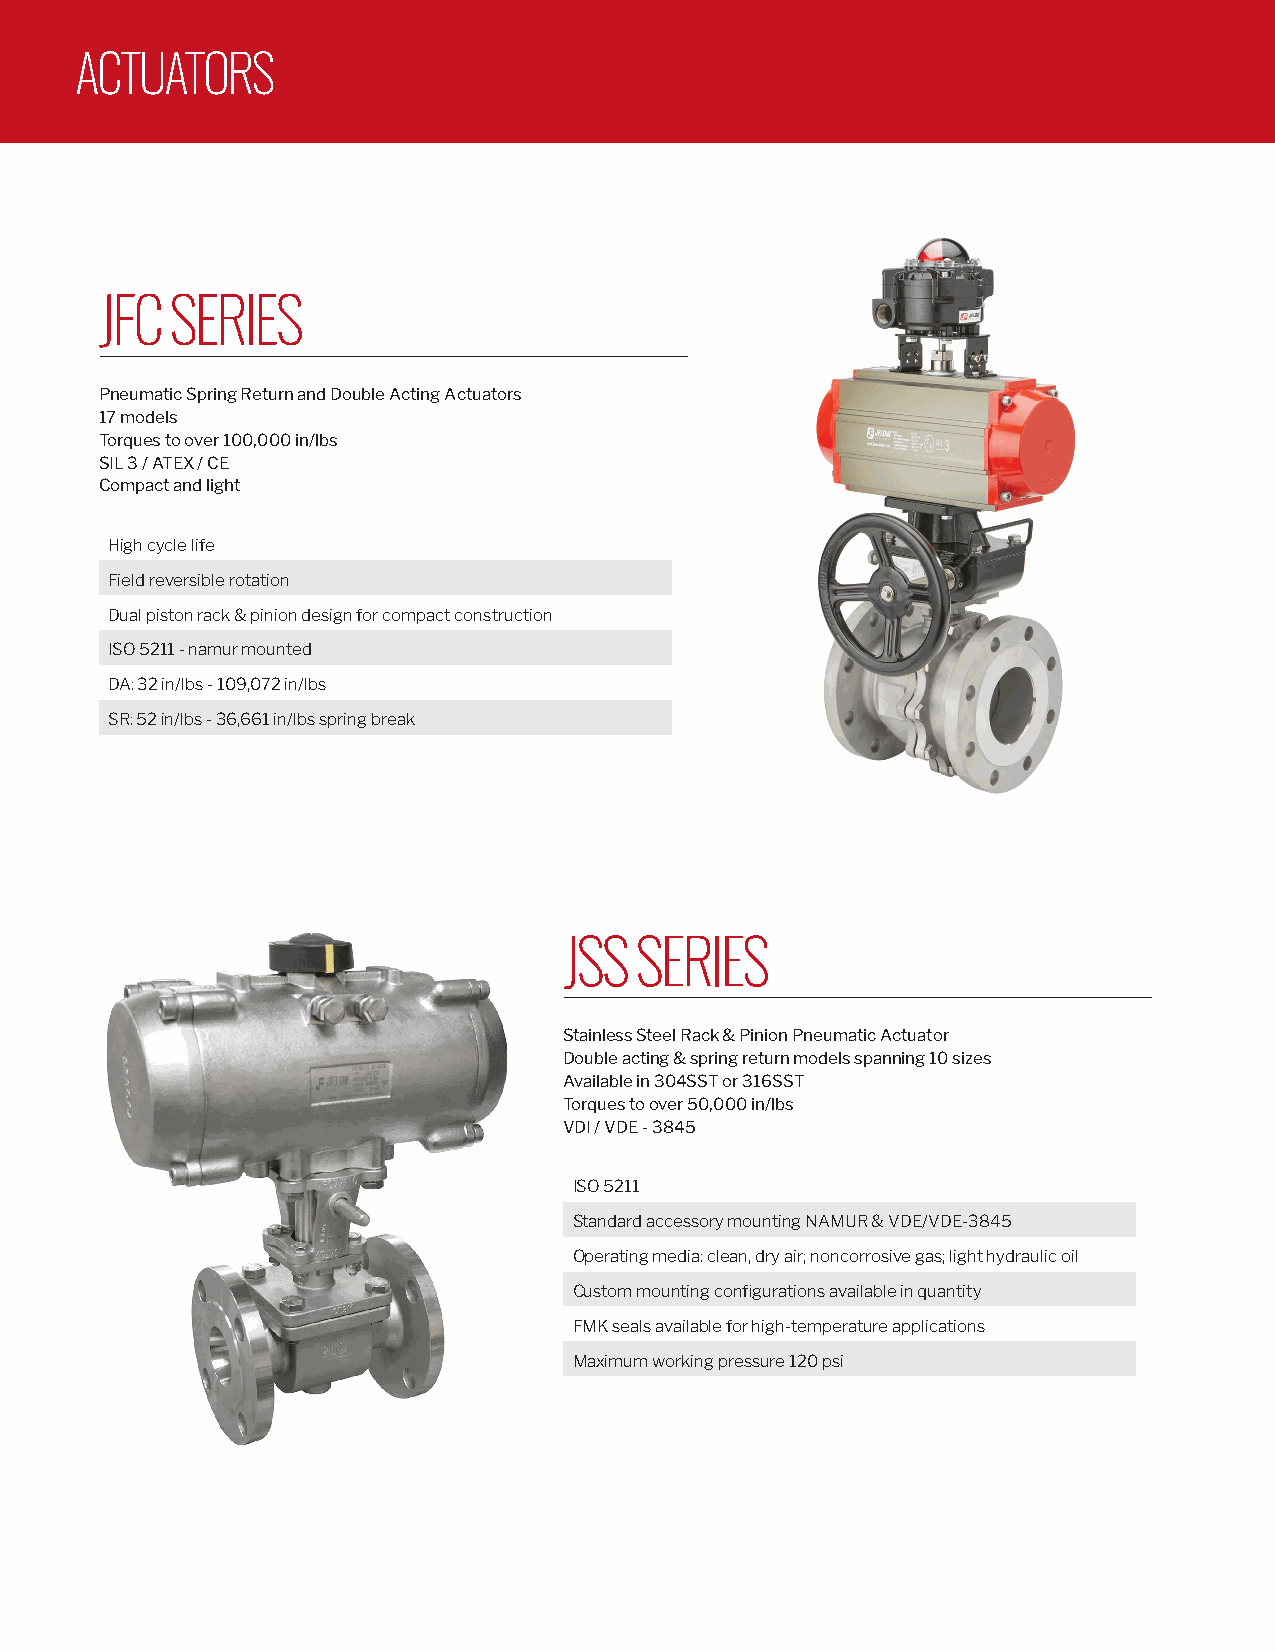
ACTUATORS
 JFC SERIES
 Pneumatic Spring Return and Double Acting Actuators
 17 models
 Torques to over 100,000 in/lbs
 SIL 3 / ATEX / CE
 Compact and light
 High cycle life
 Field reversible rotation
 Dual piston rack & pinion design for compact construction
 ISO 5211 - namur mounted
 DA: 32 in/lbs - 109,072 in/lbs
 SR: 52 in/lbs - 36,661 in/lbs spring break
 JSS  SERIES
 Stainless Steel Rack & Pinion Pneumatic Actuator
 Double acting & spring return models spanning 10 sizes
 Available in 304SST or 316SST
 Torques to over 50,000 in/lbs
 VDI / VDE - 3845
 ISO 5211
 Standard accessory mounting NAMUR & VDE/VDE-3845
 Operating media: clean, dry air; noncorrosive gas; light hydraulic oil
 Custom mounting configurations available in quantity
 FMK seals available for high-temperature applications
 Maximum working pressure 120 psi